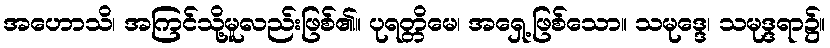
အဟောသိ၊ အကြင်သို့မူလည်းဖြစ်၏။ ပုရတ္တိမေ၊ အရှေ့ဖြစ်သော။ သမုဒ္ဒေ၊ သမုဒ္ဒရာ၌။